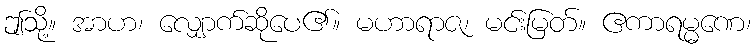
ဤသို့။ အာဟ၊ လျှောက်ဆိုပေ၏။ မဟာရာဇ၊ မင်းမြတ်။ ဧကာရမ္မဏေ၊